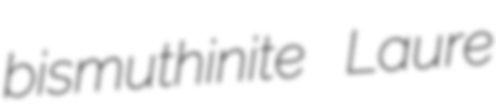
bismuthinite Laure